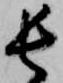
長